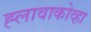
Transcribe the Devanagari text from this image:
ह्लावाकोव्हा